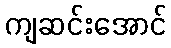
ကျဆင်းအောင်